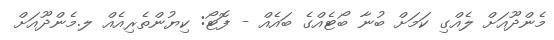
މެންދޫއަށް ލެއްގި ކަމަށް ބުނާ ބޯޓެއްގެ ބައެއް - ފޮޓޯ: ކިޔުންތެރިއެއް ލ.މެންދޫއަށް